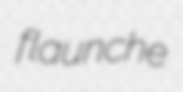
flaunche